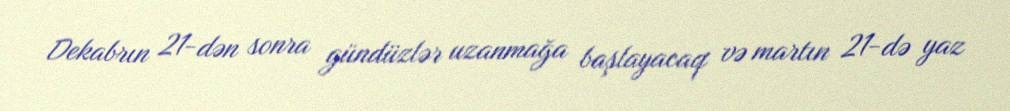
Dekabrın 21-dən sonra gündüzlər uzanmağa başlayacaq və martın 21-də yaz